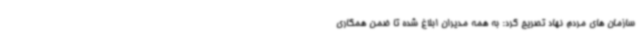
سازمان های مردم نهاد تصریح کرد: به همه مدیران ابلاغ شده تا ضمن همکاری